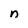
Character: n